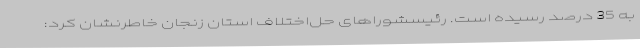
به 35 درصد رسیده است. رئیسشوراهای حل‌اختلاف استان زنجان خاطرنشان کرد: